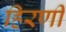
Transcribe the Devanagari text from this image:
हिरणी